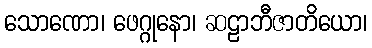
သောဏော၊ ဖေဂ္ဂုနော၊ ဆဠာဘီဇာတိယော၊